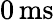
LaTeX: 0\, \mathrm{ms}